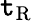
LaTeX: \mathtt{t}_{\mathrm{{R}}}